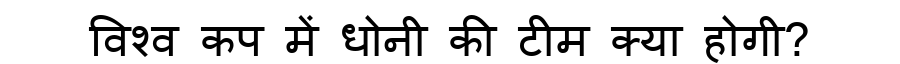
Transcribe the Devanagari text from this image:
विश्व कप में धोनी की टीम क्या होगी?